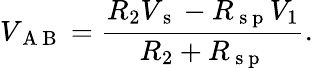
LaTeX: V_{\mathrm{~A~B~}}=\frac{R_{2}V_{\mathrm{~s~}}-R_{\mathrm{~s~p~}}V_{1}}{R_{2}+R_{\mathrm{~s~p~}}}{.}